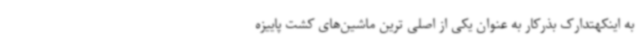
به اینکهتدارک بذرکار به عنوان یکی از اصلی ترین ماشین‌های کشت پاییزه